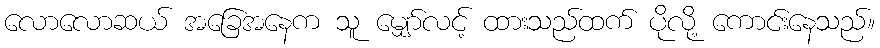
လောလောဆယ် အခြေအနေက သူ မျှော်လင့် ထားသည်ထက် ပိုလို့ ကောင်းနေသည်။